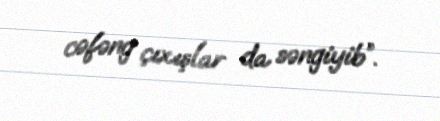
cəfəng çıxışlar da səngiyib”.